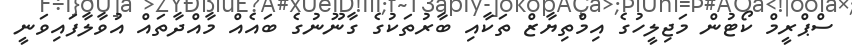
ސްޕްރީމް ކޯޓުން މަޖިލީހުގެ އިމްތިޔާޒް ތަކާއި ބާރުތަކުގެ ގާނޫނުގެ ބައެއް މާއްދާތައް އުވާލާފައިވަނީ